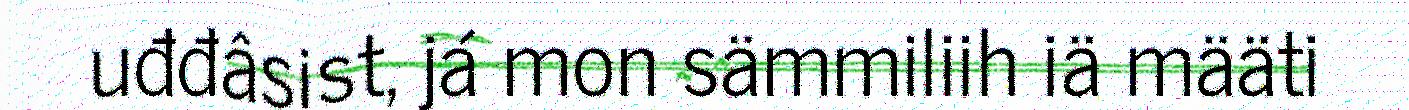
uđđâsist, já mon sämmiliih iä määti